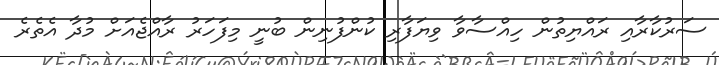
ސަރުކާރާއި ރައްޔިތުން ހިއްސާވާ ވިޔަފާރި ކުންފުނިން ބުނީ މިފަހަރު ރާއްޖެއަށް މުދާ އެތެރެ